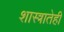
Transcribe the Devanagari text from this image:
शास्त्रातेही